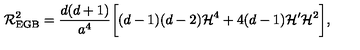
{ \cal R } _ { \mathrm { E G B } } ^ { 2 } = \frac { d ( d + 1 ) } { a ^ { 4 } } \biggl [ ( d - 1 ) ( d - 2 ) { \cal H } ^ { 4 } + 4 ( d - 1 ) { \cal H } ^ { \prime } { \cal H } ^ { 2 } \biggr ] ,